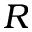
R